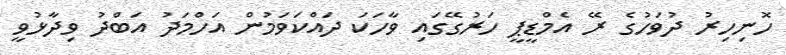
ހޮނިހިރު ދުވަހުގެ ރޭ އެމްޑީޕީ ހަރުގޭގައި ވާހަކަ ދައްކަވަމުން އަހްމަދު އަބްދު ވިދާޅުވީ